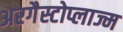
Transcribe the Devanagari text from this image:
अरगैस्टोप्लाज्म